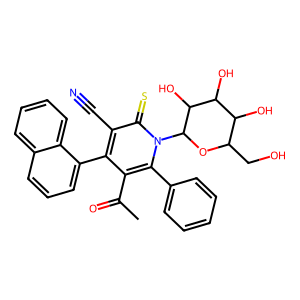
SMILES: CC(=O)c1c(-c2cccc3ccccc23)c(C#N)c(=S)n(C2OC(CO)C(O)C(O)C2O)c1-c1ccccc1
Inhibits HIV replication: No